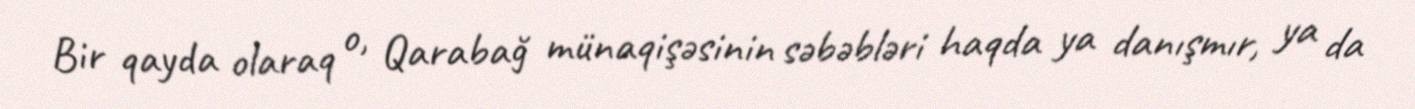
Bir qayda olaraq o, Qarabağ münaqişəsinin səbəbləri haqda ya danışmır, ya da